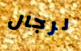
لرجال